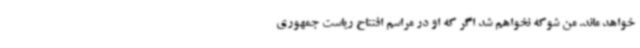
خواهد ماند. من شوکه نخواهم شد اگر که او در مراسم افتتاح ریاست جمهوری